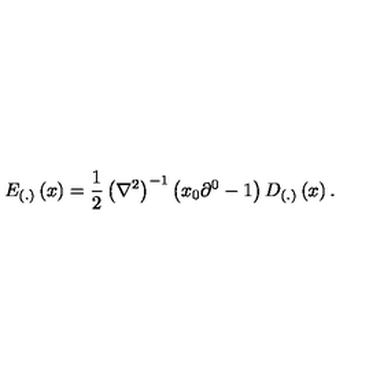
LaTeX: E _ { \left( . \right) } \left( x \right) = \frac 1 2 \left( \nabla ^ { 2 } \right) ^ { - 1 } \left( x _ { 0 } \partial ^ { 0 } - 1 \right) D _ { \left( . \right) } \left( x \right) .